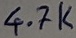
Text: 4.7K